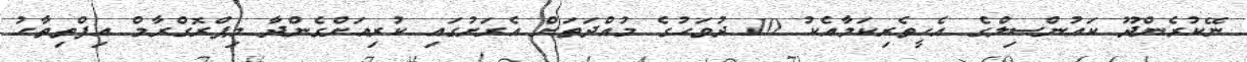
ނޭކުރެންދޫ ކައުންސިލްގެ އެހީތެރިކަމާއެކު 10 ދުވަހުގެ މުއްދަތަށް އެރަށުގައި ކުރިއަށްގެންދާ މިޕްރޮގްރާމް އިފްތިތާޙު